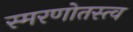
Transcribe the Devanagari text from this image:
स्मरणोतस्त्व